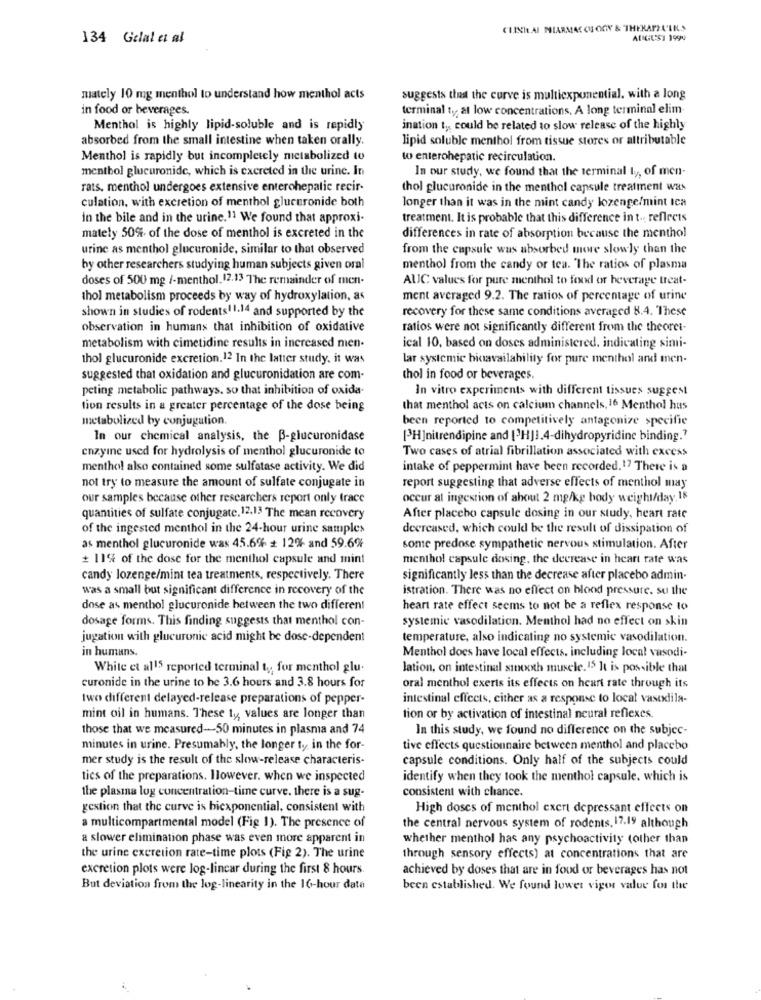
CLINILAI MIARMAC CU OOY & THEKAPELLK.S
134 Gelal et al
AUGUST 1994
mately 10 mg menthol to understand how menthol acts
suggests that the curve is multiexponential. with a long
in food or beverages.
terminal ty, at low concentrations. A long terminal elim-
Menthol is highly lipid-soluble and is rapidly
ination t ,, could be related to slow release of the highly
absorbed from the small intestine when taken orally.
lipid soluble menthol from tissue stores or attributable
Menthol is rapidly but incompletely metabolized to
to enterohepatic recirculation.
menthol glucuronide, which is excreted in the urine. In
In our study, we found that the terminal ty, of men-
rats, menthol undergoes extensive enterohepatie recir-
thol glucuronide in the menthol capsule treatment was
culation, with excretion of menthol glucuronide both
longer than it was in the mint candy lozenge/mint tea
in the bile and in the urine.11 We found that approxi-
treatment. It is probable that this difference in t .. reflects
mately 50% of the dose of menthol is excreted in the
differences in rate of absorption because the menthol
urine as menthol glucuronide, similar to that observed
from the capsule was absorbed more slowly than the
by other researchers studying human subjects given oral
menthol from the candy or tea. The ratios of plasma
doses of 500 mg /-menthol. 12.13 The remainder of men-
AUC values for pure menthol to food or beverage treat-
thol metabolism proceeds by way of hydroxylation, as
ment averaged 9.2. The ratios of percentage of urine
recovery for these same conditions averaged 8.4. These
shown in studies of rodents11.14 and supported by the
observation in humans that inhibition of oxidative
ratios were not significantly different from the theoret-
metabolism with cimetidine results in increased men-
ical 10, based on doses administered, indicating simi-
thol glucuronide excretion.12 In the latter study, it was
lar systemic bioavailability for pure menthol and men-
suggested that oxidation and glucuronidation are com-
thol in food or beverages.
peting metabolic pathways. so that inhibition of oxida-
In vitro experiments with different tissues suggest
tion results in a greater percentage of the dose being
that menthol acts on calcium channels. 16 Menthol hus
metabolized by conjugation.
been reported to competitively antagonize specifie
In our chemical analysis, the B-glucuronidase
[3H]nitrendipine and [3HJJ.4-dihydropyridine binding .?
enzyme used for hydrolysis of menthol glucuronide to
Two cases of atrial fibrillation associated with excess
menthol also contained some sulfatase activity. We did
intake of peppermint have been recorded.17 There is a
not try to measure the amount of sulfate conjugate in
report suggesting that adverse effects of menthol may
our samples because other researchers report only trace
occur at ingestion of about 2 mg/kg body weight/day. 18
quantities of sulfate conjugate.12.13 The mean recovery
After placebo capsule dosing in our study, heart rate
of the ingested menthol in the 24-hour urine samples
decreased, which could be the result of dissipation of
as menthol glucuronide was 45.6% + 12% and 59.6%
some predose sympathetic nervous stimulation. After
+ 11% of the dose for the menthol capsule and mint
menthol capsule dosing, the decrease in heart rate was
candy lozenge/mint tea treatments, respectively. There
significantly less than the decrease after placebo admin-
was a small but significant difference in recovery of the
istration. There was no effect on blood pressure. su the
dose as menthol glucuronide between the two different
heart rate effect seems to not be a reflex response to
dosage forms. This finding suggests that menthol con-
systemic vasodilation. Menthol had no effect on skin
jugation with glucuronic acid might be dose-dependent
temperature, also indicating no systemic vasodilation.
in humans.
Menthol does have local effects, including local vasodi-
White et al15 reported terminal ty for menthol glu.
lation, on intestinal smooth muscle.15 It is possible that
curonide in the urine to be 3.6 hours and 3.8 hours for
oral menthol exerts its effects on heart rate through its
two different delayed-release preparations of pepper-
intestinal effects, either as a response to local vasodila-
mint oil in humans. These ty, values are longer than
tion or by activation of intestinal neural reflexes.
those that we measured-50 minutes in plasma and 74
In this study, we found no difference on the subjec-
minutes in urine. Presumably, the longer ty in the for-
tive effects questionnaire between menthol and placebo
mer study is the result of the slow-release characteris-
capsule conditions. Only half of the subjects could
tics of the preparations. Ilowever. when we inspected
identify when they took the menthol capsule. which is
consistent with chance.
the plasma log concentration-time curve. there is a sug-
gestion that the curve is biexponential, consistent with
High doses of menthol exert depressant effects on
a multicompartmental model (Fig 1). The presence of
the central nervous system of rodents, 17.19 although
a slower elimination phase was even more apparent in
whether menthol has any psychoactivity (other than
the urine excretion rate-time plots (Fig 2). The urine
through sensory effects) at concentrations that are
excretion plots were log-linear during the first 8 hours.
achieved by doses that are in food or beverages has not
But deviation from the log-linearity in the 16-hour data
been established. We found lower vigor value for the